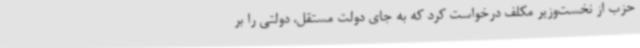
حزب از نخست‌وزیر مکلف درخواست کرد که به جای دولت مستقل، دولتی را بر